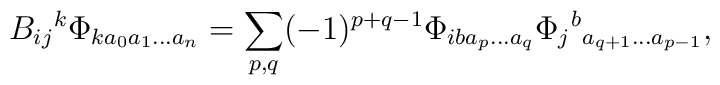
B_{ij}{}^k\Phi_{ka_0a_1\ldots a_n} = \sum_{p,q} (-1)^{p+q-1} \Phi_{iba_{p}\ldots a_{q}} \Phi_{j}{}^b{}_{a_{q+1}\ldots a_{p-1}},